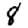
Digit: 8